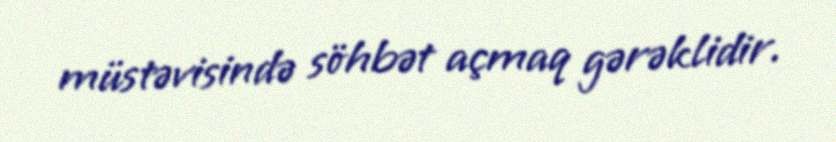
müstəvisində söhbət açmaq gərəklidir.